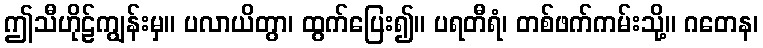
ဤသီဟိုဠ်ကျွန်းမှ။ ပလာယိတွာ၊ ထွက်ပြေး၍။ ပရတီရံ၊ တစ်ဖက်ကမ်းသို့။ ဂတေန၊